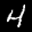
Label: 4